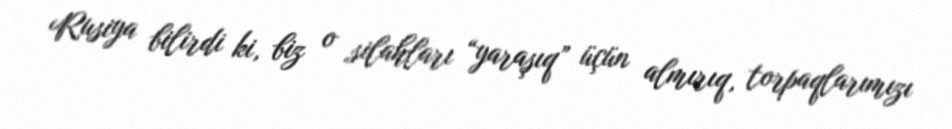
Rusiya bilirdi ki, biz o silahları “yaraşıq” üçün almırıq, torpaqlarımızı